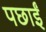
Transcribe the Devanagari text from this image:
पछाईं